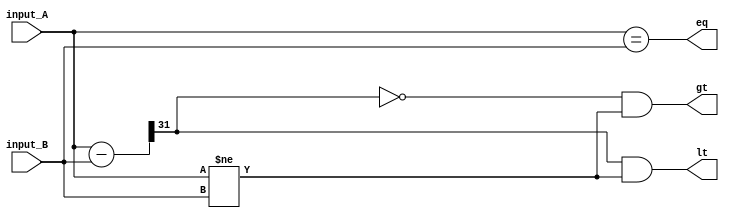
module Unsigned_Comparator(
  input wire [31:0] input_A,
  input wire [31:0] input_B,
  output wire gt,
  output wire lt,
  output wire eq
);

  wire [31:0] temp;
  wire [31:0] diff;

  assign temp = input_A - input_B;
  assign diff = temp >> 31;

  assign gt = ~diff & (input_A != input_B);
  assign lt = diff & (input_A != input_B);
  assign eq = (input_A == input_B);

endmodule